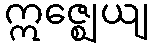
ဣဇ္ဈေယျ